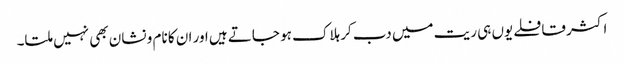
اکثر قافلے یوں ہی ریت میں دب کر ہلاک ہو جاتے ہیں اور ان کا نام و نشان بھی نہیں ملتا۔